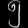
Digit: ၅